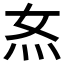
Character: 𭴇